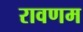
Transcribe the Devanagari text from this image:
रावणम